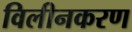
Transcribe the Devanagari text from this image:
विलीनकरण